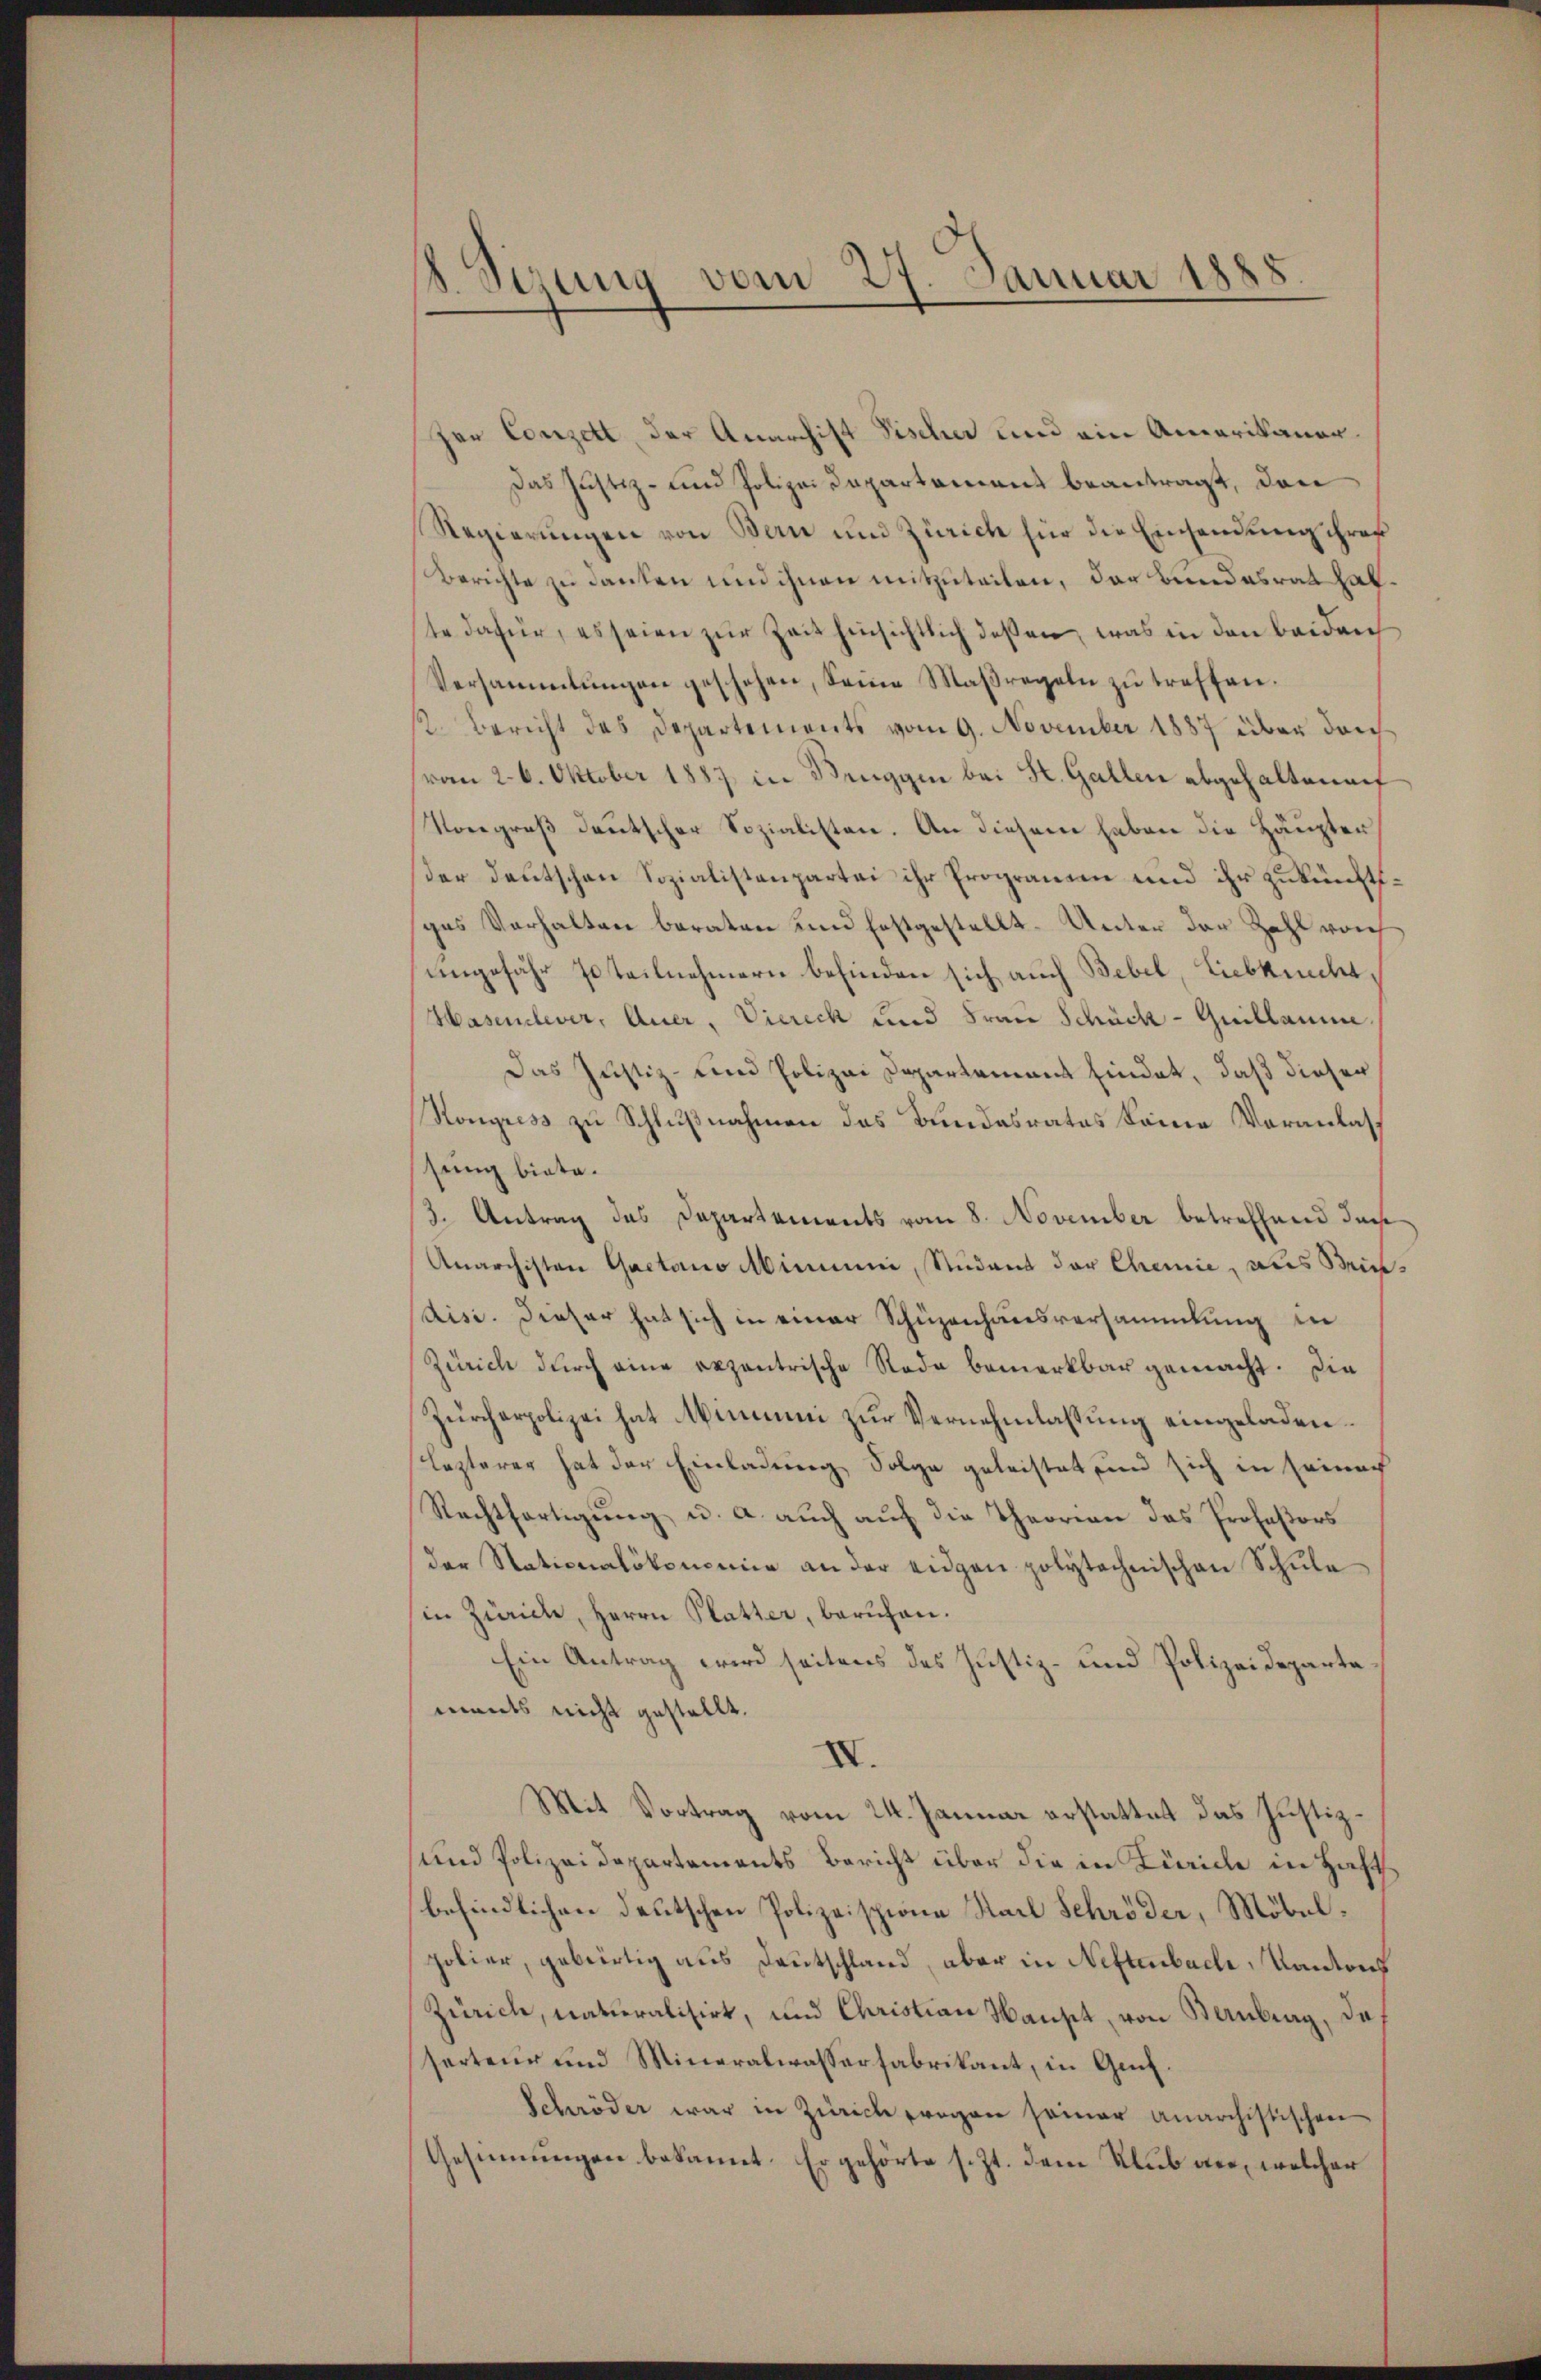
8. Sizung vom 27. Januar 1888.

Her Conzett, der Anarchift Fischer und ein Amerikaner
Das Justiz- und Polizei Departement beantragt, den
Regierungen von Bern und Zürich für die Einsendung ihrer
Berichte zu danken und ihnen mitzuteilen, der Bundesrat hatte dafür, es seien zur Zeit hinsichtlich deßen, was in den beiden
Versammlungen geschehen, seine Maßregeln zŭ treffen.
1. Bericht das Departements vom 9. November 1887 über den
vom 26. Oktober 1887 in Beuggen bei St. Gallen abgehaltenauf
Vongreß deutscher Sozialisten. An diesem haben die Häupter
ser deutschen Sozialistenpartei ihr Programm und ihr zukünftispes Verhalten beraten und festgestellt-Unter der Zahl von
ungefähr steilnehmern befinden sich auch Bebel, Liebkrecht,
Hasenlever, Auer, Vierech und Frau Schück - Guillamme
Das Justiz- und Polizei Departement findet, daß dieser
Kongress zu Schlußnahmen das Bundesrates keine Veranlas
sung biete.
3. Antrag des Departements vom 8. November betreffend das
Anarchisten Gaetano Minium, Student der Chemie, aus Briedisi. Dieser hat sich in einer Schüzenhausversammlung in
Zürich durch eine exzentrische Rade bemerkbar gemacht. Die
Zürcherpolizei hat Minium zur Vernehmlassung eingeladen.
Lezterer hat der Einladung Folge geleistet und sich in seiner
Rechtfertigung u. a. auch auf die Theorien das Profeßors
der Stationalökonomie an der eidgen polytechnischen Schule
in Zürich, Herrn Platter, beruhen.
Ein Antrag wird seitens des Justiz- und Polizeidepartemants nicht gestellt.
IV.
Mit Vortrag vom 24. Januar erstattet das Justiz¬
und Polizeidepartements Bericht über die in Zürich in Haft
befindlichen deutschen Polizeispiona Stadl Schröder, Möbelpolier, gebürtig aus Deutschland, aber in Neftenbach, Kantons
Zürich, naturalisirt, und Christian Haust, von Bernberg, da
serteur und Mineralwasserfabrikant, in Gut.
Schröder war in Zürich fragen seiner Anarchistischen
Gesinnungen bekannt. Er gehörte s. Zt. dem Sub an, welcher